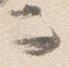
而